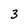
Character: 3